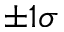
\pm 1 \sigma